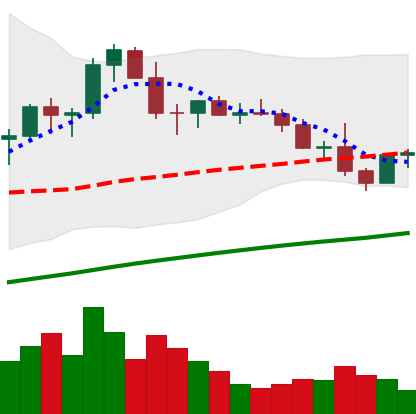
Ticker: LTC-USD
Chart end date: 2021-03-27
Forward return: 10.432%
Label: up_7plus